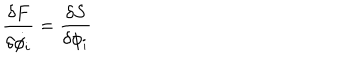
{ \frac { \delta F } { \delta \dot { \phi _ { i } } } } = { \frac { \delta S } { \delta \phi _ { i } } }